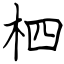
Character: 柶